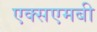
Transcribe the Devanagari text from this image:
एक्सएमबी